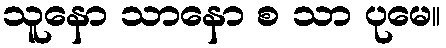
သူနော သာနော စ သာ ပုမေ။